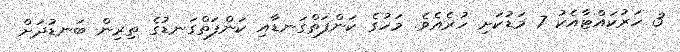
3 ހަރުކައްޓާއެކު 7 މަޑުކަށި ހުރެއެވެ. މަހުގެ ކަންފަތްގަނޑާއި ކަންފަތްގަނޑުގެ ތިރިން ބަނޑުދަށް